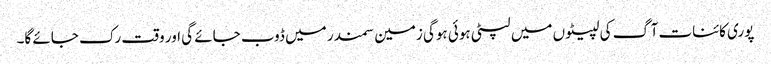
پوری کائنات آگ کی لپیٹوں میں لپٹی ہوئی ہوگی زمین سمندر میں ڈوب جائے گی اور وقت رک جائے گا۔